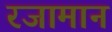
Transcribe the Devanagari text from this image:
रजामान